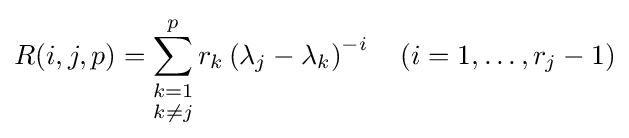
R(i,j,p)=\mathop {\sum _{k=1}^{p}} _{k\neq j}r_{k}\left(\lambda _{j}-\lambda _{k}\right)^{-i}~~~(i=1,\ldots ,r_{j}-1)